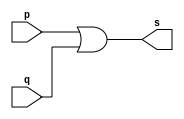
// -------------------------
// Exercicio11 - NORbyte
// Nome: Willian Antonio dos Santos
// -------------------------
// -------------------------
// -- or gate 2IN
// -------------------------
module orgate (output s, input p, input q);
       assign s = (p | q);
endmodule // orgate
// -------------------------
// -- or gate 4IN
// -------------------------
module orgate4 (output s, input p, input q, input r, input t);
       wire s1, s2;
       orgate OR1 (s1, p, q);
       orgate OR2 (s2, r, t);
       orgate OR3 (s, s1, s2);
endmodule // orgate4
// -------------------------
// -- nor gate byte
// -------------------------
module norgateByte (output s, input [7:0] p);
       wire s3, s4, s5;
       orgate4 OR4 (s3, p[3], p[2], p[1], p[0]);
       orgate4 OR5 (s4, p[7], p[6], p[5], p[4]);
       orgate OR6 (s5, s4, s3);
       assign s = ~s5;
endmodule // norgatebyte
// -------------------------
// -- test nor gate byte
// -------------------------
module testnorgateByte;
        // ------------------------- dados locais
        reg [7:0] count;
        wire s;      // definir conexao (fio)
        // ------------------------- instancia
        norgateByte OR7 (s, count);
        // ------------------------- preparacao
        initial begin:start
                     // valores iniciais
                count=0;
        end
        // ------------------------- parte principal
        initial begin:main
                     // execucao unitaria
                $display("Exercicio11 - Willian Antonio dos Santos - 462020");
                $display("Test NOR gate byte:");
                $display("\n~(a | b | c | d | e | f | g | h) = s\n");
                $monitor("~(%b | %b | %b | %b | %b | %b | %b | %b) = %b", count[7], count[6], count[5], count[4], count[3], count[2], count[1], count[0], s);
                count = 0;
                repeat (255) begin
                       #1 count <= count + 1;
                end
        end
endmodule // testnorgateByte